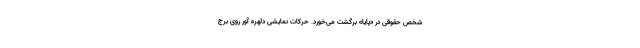
شخص حقوقی در «پایا» برگشت می‌خورد. حرکات نمایشی دلهره آور روی برج